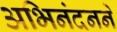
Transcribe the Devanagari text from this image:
अभिनंदनने